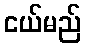
ငယ်မည်